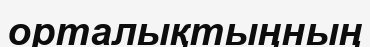
орталықтыңның